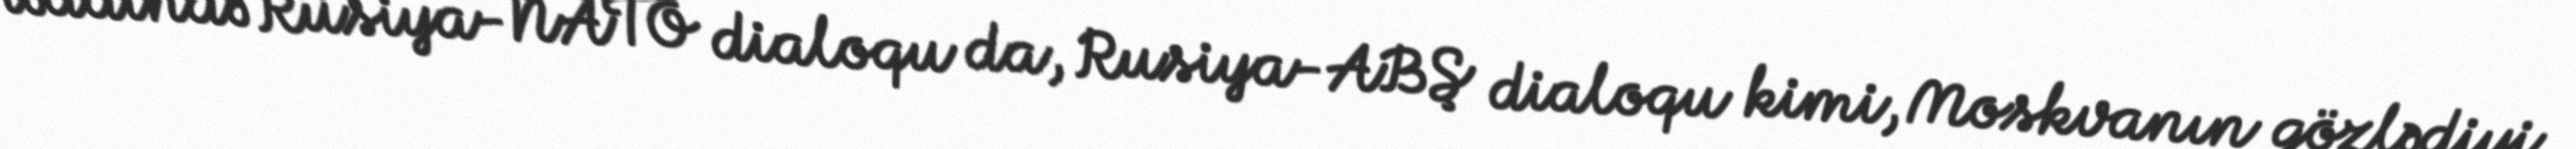
həddində Rusiya-NATO dialoqu da, Rusiya-ABŞ dialoqu kimi, Moskvanın gözlədiyi